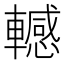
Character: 轗